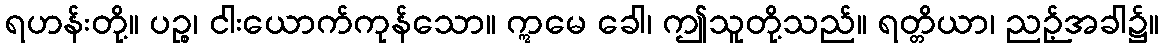
ရဟန်းတို့။ ပဉ္စ၊ ငါးယောက်ကုန်သော။ ဣမေ ခေါ၊ ဤသူတို့သည်။ ရတ္တိယာ၊ ညဉ့်အခါ၌။